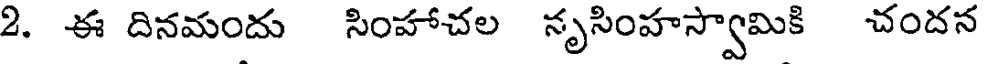
2. ఈ దినమందు సింహాచల సృసింహస్వామికి చందన